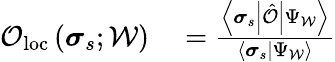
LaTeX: \begin{array}{rl}{\mathcal{O}_{\mathrm{loc}}\left(\boldsymbol{\sigma}_{s};\mathcal{W}\right)}&{{}=\frac{\left\langle\boldsymbol{\sigma}_{s}\left|\hat{\mathcal{O}}\right|\Psi_{\mathcal{W}}\right\rangle}{\left\langle\boldsymbol{\sigma}_{s}\left|\Psi_{\mathcal{W}}\right.\right\rangle}}\end{array}